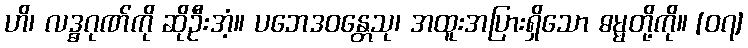
ဟိ၊ လဒ္ဓဂုဏ်ကို ဆိုဦးအံ့။ ပဘေဒဝန္တေသု၊ အထူးအပြားရှိသော ဓမ္မတို့ကို။ [၀၇]